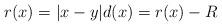
LaTeX: \begin{align*}r(x) = |x-y| d(x) = r(x) -R\end{align*}